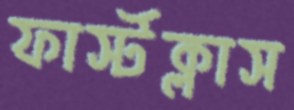
ফার্স্টক্লাস